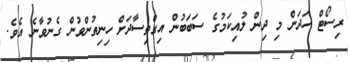
ރިސޯޓް ހަދަން މި ދިން ލުއިކަމުގެ ސަބަބުން އިގްތިސާދަށް ހިނިތުންވުން ގެނުވާނެ އެވެ.